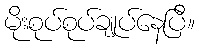
မိုးစုပ်စုပ်ချုပ်နေပြီ။